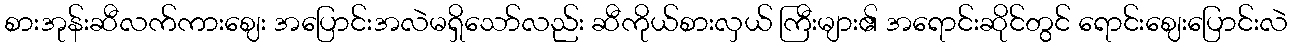
စားအုန်းဆီလက်ကားဈေး အပြောင်းအလဲမရှိသော်လည်း ဆီကိုယ်စားလှယ် ကြီးများ၏ အရောင်းဆိုင်တွင် ရောင်းဈေးပြောင်းလဲ